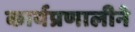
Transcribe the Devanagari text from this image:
कार्यप्रणालीने